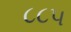
૮૮૫